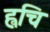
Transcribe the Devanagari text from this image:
ह्वचि